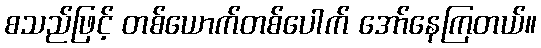
စသည်ဖြင့် တစ်ယောက်တစ်ပေါက် အော်နေကြတယ်။